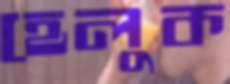
হেলুক